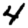
Digit: 4